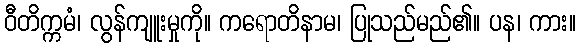
ဝီတိက္ကမံ၊ လွန်ကျူးမှုကို။ ကရောတိနာမ၊ ပြုသည်မည်၏။ ပန၊ ကား။